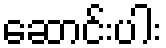
ဆောင်းပါး